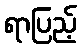
ရာပြည့်